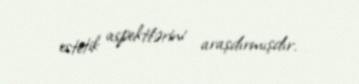
estetik aspektlərini araşdırmışdır.